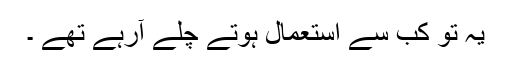
یہ تو کب سے استعمال ہوتے چلے آرہے تھے ۔